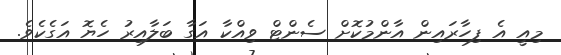
މިއީ އެ ފިހާރައިން އާންމުކޮށް ސެންޓް ވިއްކާ އަގާ ބަލާއިރު ހެޔޮ އަގެކެވެ.